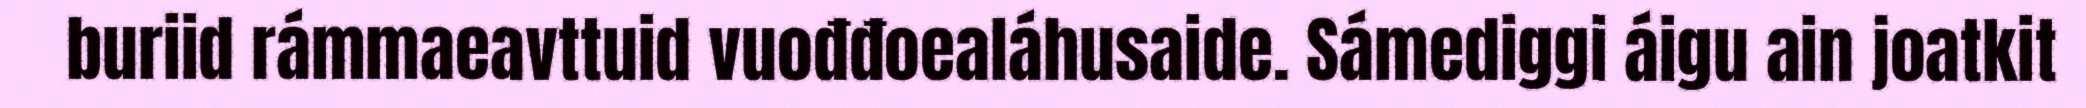
buriid rámmaeavttuid vuođđoealáhusaide. Sámediggi áigu ain joatkit